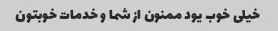
خیلی خوب یود ممنون از شما و خدمات خوبتون